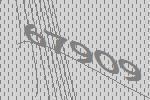
67909